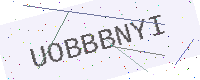
Text: UOBBBNYI